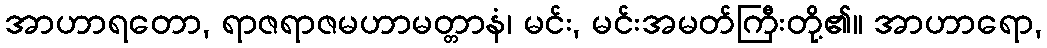
အာဟာရတော, ရာဇရာဇမဟာမတ္တာနံ၊ မင်း, မင်းအမတ်ကြီးတို့၏။ အာဟာရော,